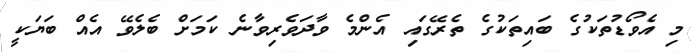
މި އެވޯޑުތަކުގެ ބައިތަކުގެ ތެރޭގައި އެންމެ ވާދަވެރިވާނެ ކަމަށް ބެލެވޭ އެއް ބަޔަކީ